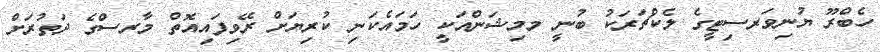
ހެބްރޫ ޔުނިވަރސިޓީގެ ލެކްޗަރަކު ބުނީ މމިޝަންއަކީ ހަމައެކަނި ކުރިޔަށް ރޭވިފައިއޮތް މާރސްގެ ދަތުރަށް